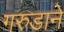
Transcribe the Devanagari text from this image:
गरुडाने